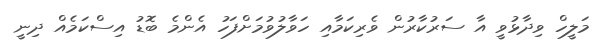
މަލީހް ވިދާޅުވީ އާ ސަރުކާރުން ވެރިކަމާއި ހަވާލުވުމަށްފަހު އެންމެ ބޮޑު އިސްކަމެއް ދިނީ